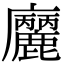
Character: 𢌒